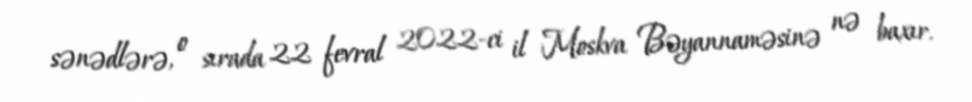
sənədlərə, o sırada 22 fevral 2022-ci il Moskva Bəyannaməsinə nə baxır.